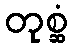
တုစ္ဆံ